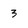
Character: 3